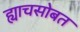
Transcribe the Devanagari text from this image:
ह्याचसोबत